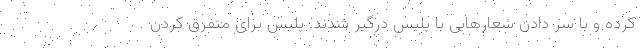
کرده و با سر دادن شعارهایی با پلیس درگیر شدند. پلیس برای متفرق کردن